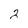
Character: 2